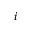
i